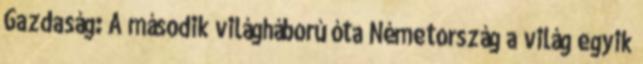
Gazdaság: A második világháború óta Németország a világ egyik